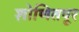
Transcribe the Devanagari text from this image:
शोणितपूर